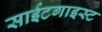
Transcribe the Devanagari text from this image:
साईटगाइस्ट